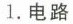
1.电路